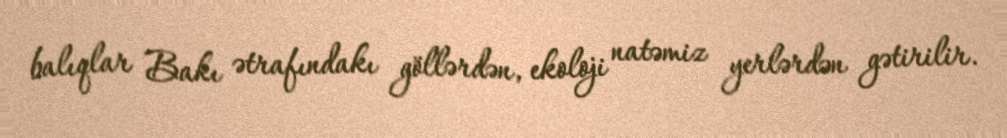
balıqlar Bakı ətrafındakı göllərdən, ekoloji natəmiz yerlərdən gətirilir.